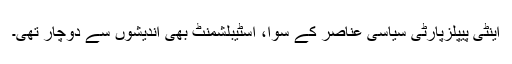
اینٹی پیپلزپارٹی سیاسی عناصر کے سوا، اسٹیبلشمنٹ بھی اندیشوں سے دوچار تھی۔